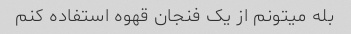
بله میتونم از یک فنجان قهوه استفاده کنم